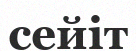
сейіт